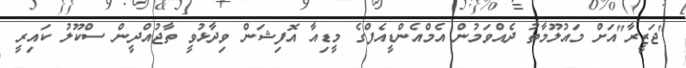
"ޖަޒީރާ"އަށް މައުލޫމާތު ދެއްވަމުން އެމްއެންޑީއެފްގެ މީޑިއާ އޮފިޝަން ވިދާޅުވީ ތާޖުއްދީން ސްކޫލު ކައިރީ